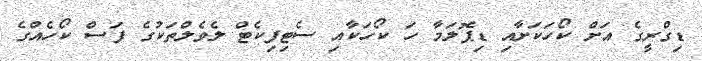
ޑިގްރީގެ އަށް ކޯހަކަށާއި ޑިޕޮލަމާ ހަ ކޯހަކާއި ސެޓިފިކެޓް ލެވެލްތަކުގެ ފަސް ކޯހެއްގެ